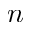
n